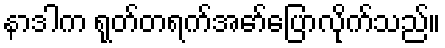
နာဒါက ရုတ်တရက်အော်ပြောလိုက်သည်။